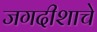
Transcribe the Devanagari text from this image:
जगदीशाचे